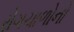
રોગચાળોનો